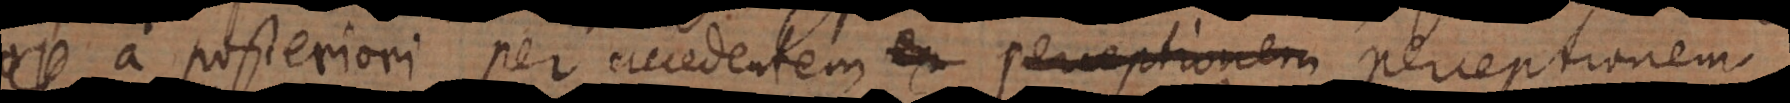
, a posteriori per accedentem ex perceptionem perceptionem.